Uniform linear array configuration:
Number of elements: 4
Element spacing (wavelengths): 0.75
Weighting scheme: binomial
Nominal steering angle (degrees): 15
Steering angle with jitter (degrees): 16.492
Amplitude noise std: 0.05
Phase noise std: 0.05

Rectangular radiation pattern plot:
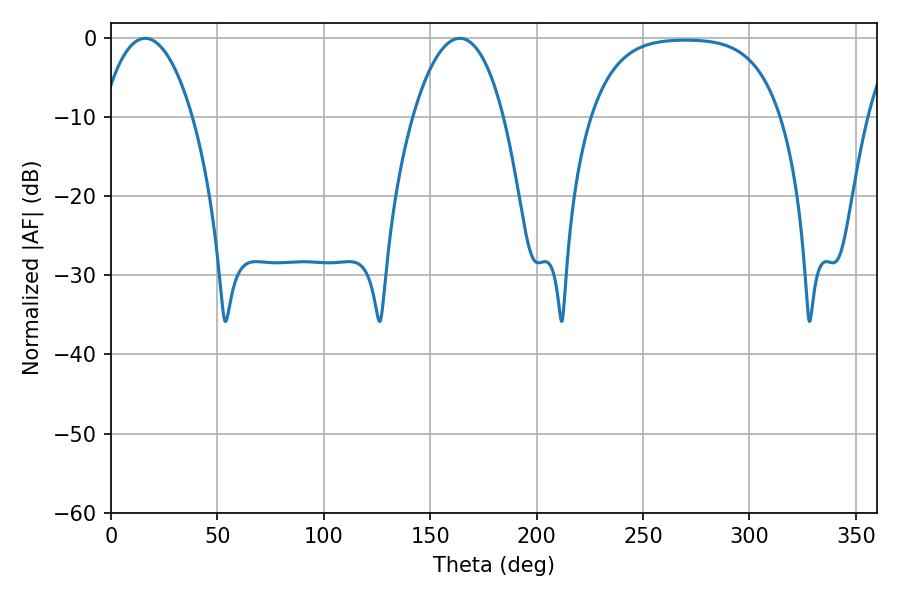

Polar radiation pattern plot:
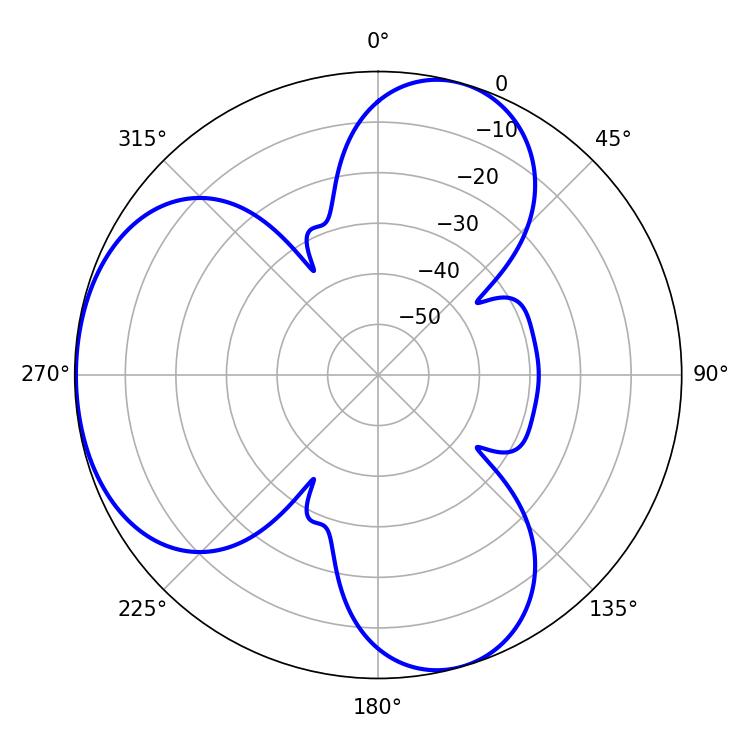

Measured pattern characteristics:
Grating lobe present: TRUE
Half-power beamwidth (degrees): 23.76
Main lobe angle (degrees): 16.02